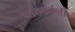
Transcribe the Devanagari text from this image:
पाठकांनी